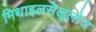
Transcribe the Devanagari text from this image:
मिथाइलसेलूलोज